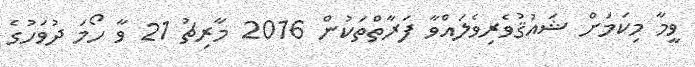
ވީމާ މިކަމަށް ޝައުޤުވެރިވެލައްވާ ފަރާތްތަކުން 2016 މާރިޗު 21 ވާ ހޯމަ ދުވަހުގެ